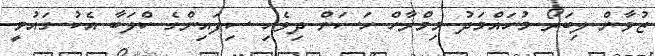
ޒުވާން ލިބަރޯ މުހައްމަދު މިމްރާހް ހަސަން ދިވެހި ސިފައިންގެ ކްލަބާ އެކު ގައުމީ